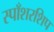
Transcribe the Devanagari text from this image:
स्पाँशरशिप